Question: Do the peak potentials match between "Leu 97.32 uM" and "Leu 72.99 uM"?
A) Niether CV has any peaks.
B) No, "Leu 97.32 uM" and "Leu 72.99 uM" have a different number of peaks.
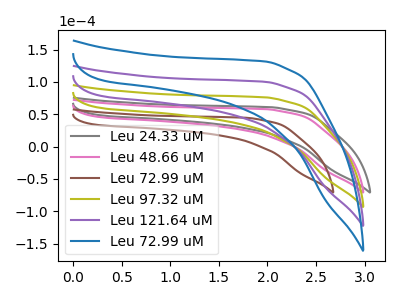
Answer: <think>The gray curve "Leu 24.33 uM" has no peaks. The pink curve "Leu 48.66 uM" has no peaks. The brown curve "Leu 72.99 uM" has no peaks. The olive curve "Leu 97.32 uM" has no peaks. The purple curve "Leu 121.64 uM" has no peaks. The blue curve "Leu 72.99 uM" has no peaks.</think>
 <answer>A) Niether CV has any peaks.</answer>
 <eval>A</eval>